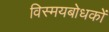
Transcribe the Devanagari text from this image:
विस्मयबोधकों